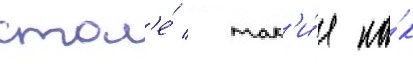
стол'е́ / так'и́е ка́к